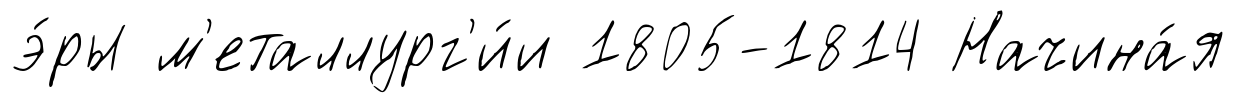
э́ры м'еталлург'и́и 1805-1814 Начина́я